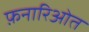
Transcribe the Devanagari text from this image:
फ़नारिओत